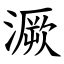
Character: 㵐